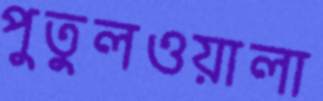
পুতুলওয়ালা